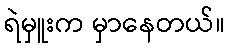
ရဲမှူးက မှာနေတယ်။